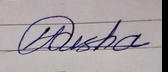
Signature authenticity: genuine